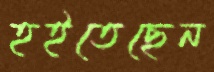
হইতেছেন